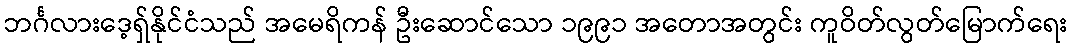
ဘင်္ဂလားဒေ့ရှ်နိုင်ငံသည် အမေရိကန် ဦးဆောင်သော ၁၉၉၁ အတောအတွင်း ကူဝိတ်လွတ်မြောက်ရေး